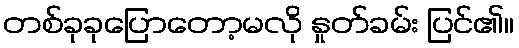
တစ်ခုခုပြောတော့မလို နှုတ်ခမ်း ပြင်၏။